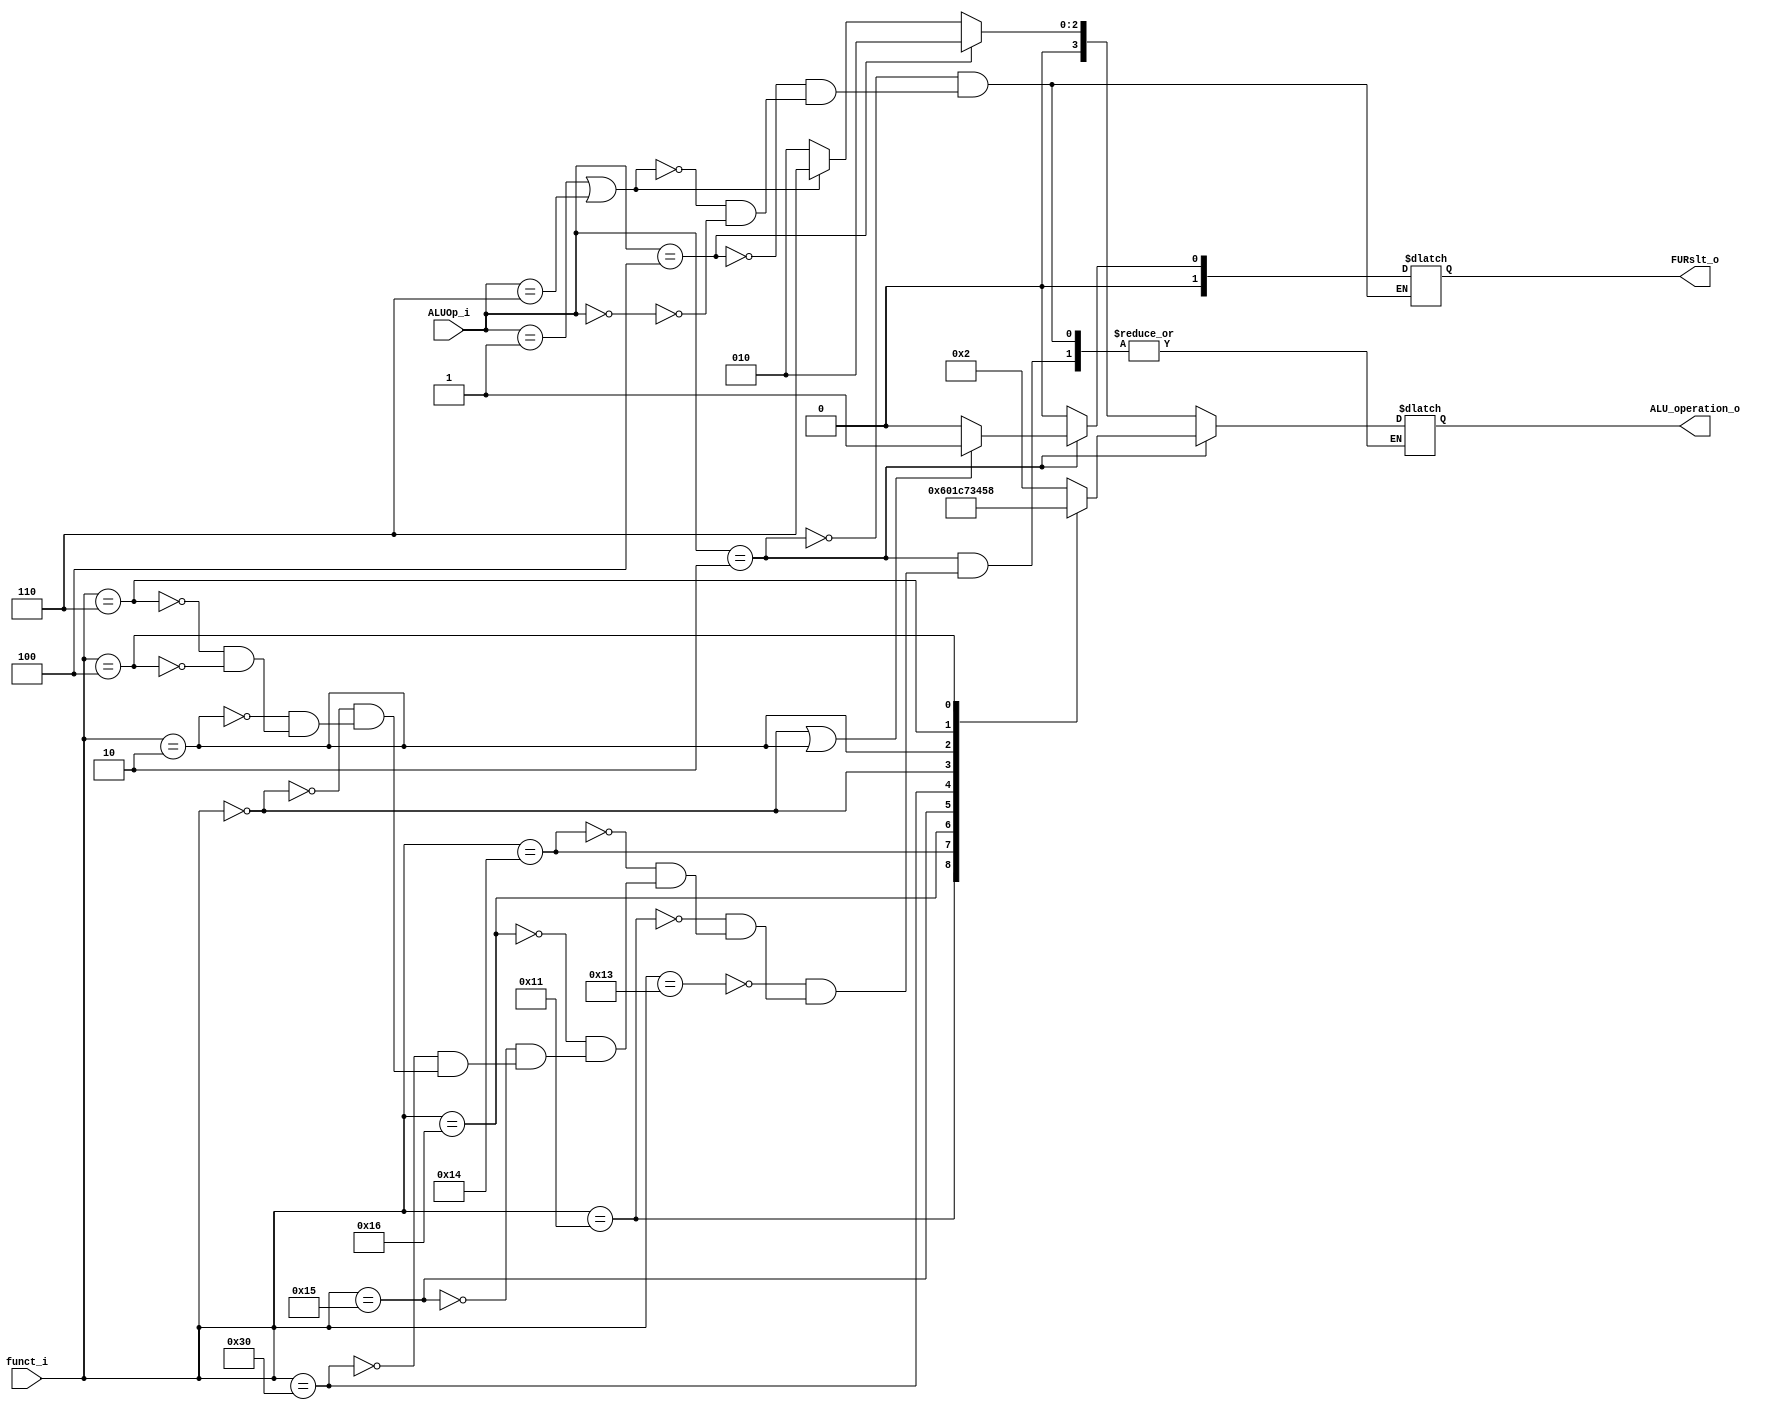
module ALU_Ctrl( funct_i, ALUOp_i, ALU_operation_o, FURslt_o );

//I/O ports 
input      [6-1:0] funct_i;
input      [3-1:0] ALUOp_i;

output     [4-1:0] ALU_operation_o;  
output     [2-1:0] FURslt_o;
     
//Internal Signals
wire		[4-1:0] ALU_operation_o;
wire		[2-1:0] FURslt_o;

//Main function
reg			[4-1:0] ALU_operation;
reg			[2-1:0] FURslt;

assign ALU_operation_o = ALU_operation;
assign FURslt_o = FURslt;

always @(funct_i, ALUOp_i) begin
	if (ALUOp_i==3'b010) begin
		case (funct_i)
			6'b010_011: ALU_operation <= 4'b0010; // ADD 	2
			6'b010_001: ALU_operation <= 4'b0110; // SUB 	6
			6'b010_100: ALU_operation <= 4'b0000; // AND 	0
			6'b010_110: ALU_operation <= 4'b0001; // OR 	1
			6'b010_101: ALU_operation <= 4'b1100; // NOR 	12
			6'b110_000: ALU_operation <= 4'b0111; // SLT 	7
			6'b000_000: ALU_operation <= 4'b0011; // SLL 	3
			6'b000_010: ALU_operation <= 4'b0100; // SRL 	4
			6'b000_110: ALU_operation <= 4'b0101; // SLLV 	5
			6'b000_100: ALU_operation <= 4'b1000; // SRLV 	8
		endcase
	end else if (ALUOp_i==3'b100) begin
		ALU_operation <= 4'b0010; // ADDI
	end else if (ALUOp_i==3'b001 || ALUOp_i==3'b110 ) begin // for beq, bne, blt, bgez, bnez
		ALU_operation <= 4'b0110; // SUB
	end else if (ALUOp_i==3'b000) begin // for lw, sw
		ALU_operation <= 4'b0010; // ADD
	end
end

always @(funct_i, ALUOp_i) begin
	if (ALUOp_i==3'b010) begin
		if (funct_i==6'b000_000 || funct_i==6'b000_010) begin // SLL and SRL
			FURslt <= 2'b01;
		end else begin
			FURslt <= 2'b00;
		end
	end else if (ALUOp_i==3'b100) begin // for addi
		FURslt <= 2'b00;
	end else if (ALUOp_i==3'b001 || ALUOp_i==3'b110) begin // for beq, bne
		FURslt <= 2'b00; 
	end else if (ALUOp_i==3'b000) begin // for lw, sw
		FURslt <= 2'b00;
	end
end

endmodule